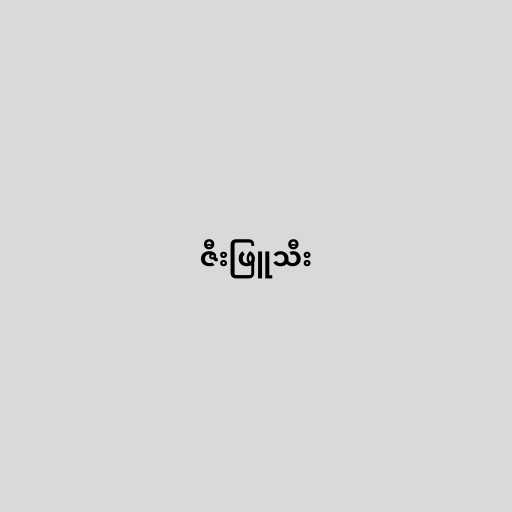
ဇီးဖြူသီး